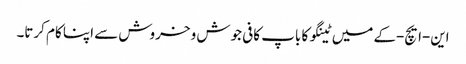
این-ایچ-کے میں ٹینگو کا باپ کافی جوش و خروش سے اپنا کام کرتا۔